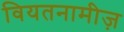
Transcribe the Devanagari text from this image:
वियतनामीज़